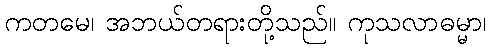
ကတမေ၊ အဘယ်တရားတို့သည်။ ကုသလာဓမ္မာ၊